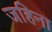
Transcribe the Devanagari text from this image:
जहिना